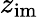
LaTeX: z_{\mathrm{im}}